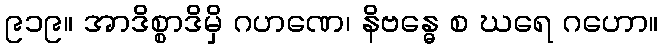
၉၁၉။ အာဒိစ္စာဒိမှိ ဂဟဏေ၊ နိဗန္ဓေ စ ဃရေ ဂဟော။